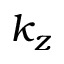
k _ { z }